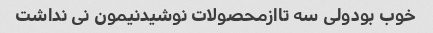
خوب بودولی سه تاازمحصولات نوشیدنیمون نی نداشت